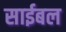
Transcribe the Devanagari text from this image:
साईबल